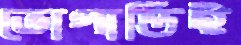
ভোগান্তিই